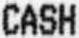
CASH